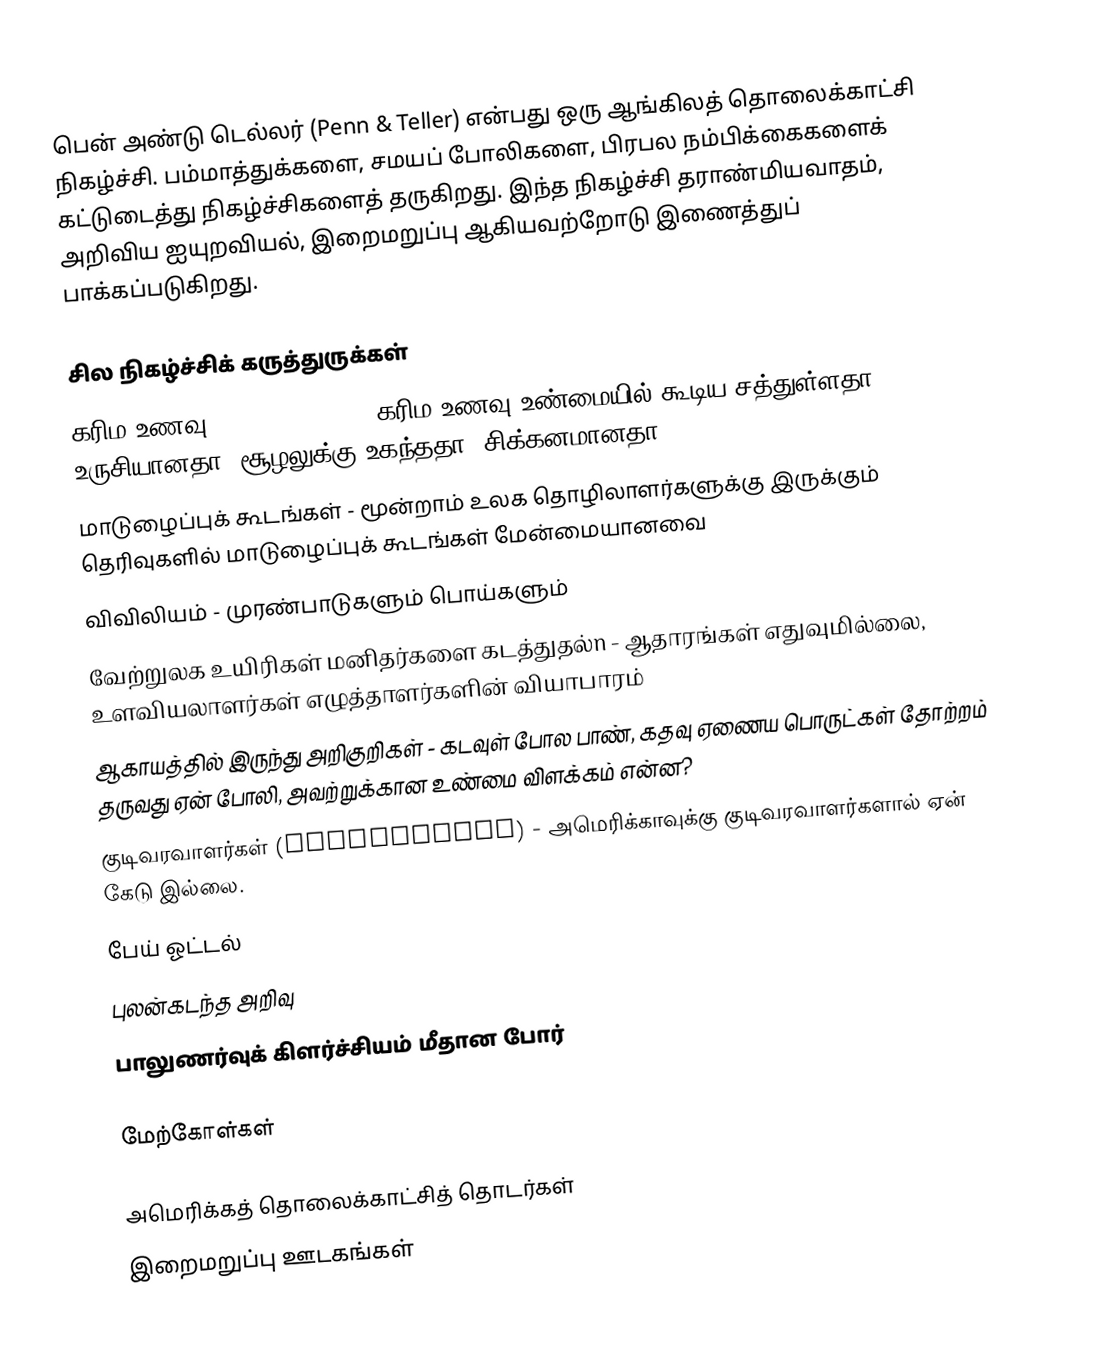
பென் அண்டு டெல்லர்  (Penn & Teller) என்பது ஒரு ஆங்கிலத் தொலைக்காட்சி நிகழ்ச்சி. பம்மாத்துக்களை, சமயப் போலிகளை, பிரபல நம்பிக்கைகளைக் கட்டுடைத்து நிகழ்ச்சிகளைத் தருகிறது.   இந்த நிகழ்ச்சி தராண்மியவாதம், அறிவிய ஐயுறவியல், இறைமறுப்பு ஆகியவற்றோடு இணைத்துப் பாக்கப்படுகிறது.

சில நிகழ்ச்சிக் கருத்துருக்கள்
 கரிம உணவு (organic food) - கரிம உணவு உண்மையில் கூடிய சத்துள்ளதா, உருசியானதா, சூழலுக்கு உகந்ததா, சிக்கனமானதா?
 மாடுழைப்புக் கூடங்கள் - மூன்றாம் உலக தொழிலாளர்களுக்கு இருக்கும் தெரிவுகளில் மாடுழைப்புக் கூடங்கள் மேன்மையானவை
 விவிலியம் - முரண்பாடுகளும் பொய்களும்
 வேற்றுலக உயிரிகள் மனிதர்களை கடத்துதல்n - ஆதாரங்கள் எதுவுமில்லை, உளவியலாளர்கள் எழுத்தாளர்களின் வியாபாரம்
 ஆகாயத்தில் இருந்து அறிகுறிகள் - கடவுள் போல பாண், கதவு ஏணைய பொருட்கள் தோற்றம் தருவது ஏன் போலி, அவற்றுக்கான உண்மை விளக்கம் என்ன?
 குடிவரவாளர்கள் (immigration) - அமெரிக்காவுக்கு குடிவரவாளர்களால் ஏன் கேடு இல்லை.
 பேய் ஓட்டல்
 புலன்கடந்த அறிவு
 பாலுணர்வுக் கிளர்ச்சியம் மீதான போர்

மேற்கோள்கள்

அமெரிக்கத் தொலைக்காட்சித் தொடர்கள்
இறைமறுப்பு ஊடகங்கள்